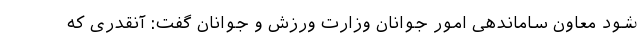
شود معاون ساماندهی امور جوانان وزارت ورزش و جوانان گفت: آنقدری که